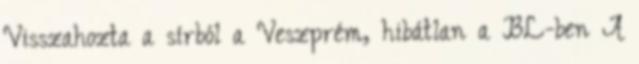
Visszahozta a sírból a Veszprém, hibátlan a BL-ben A